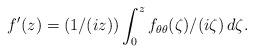
LaTeX: \begin{align*}f'(z) = (1/(iz))\int_0^z f_{\theta \theta}(\zeta)/(i\zeta) \, d\zeta.\end{align*}